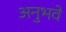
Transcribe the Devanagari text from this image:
अनुभवे